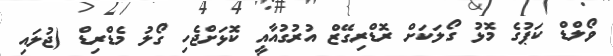
ވޯލްޑް ކަޕުގެ މޮޅު ގޯލަކަށް ރޮޑްރިގޭޒް އުރުގުއާއީ ކޮޅަށްޖެހި ގޯލު މެޑްރިޑް (ޖުލައި